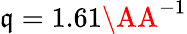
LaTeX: \mathfrak{q}=1.61\AA^{-1}